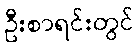
ဦးစာရင်းတွင်